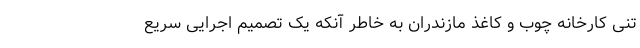
تُنی کارخانه چوب و کاغذ مازندران به خاطر آنکه یک تصمیم اجرایی سریع